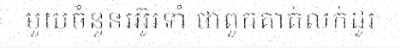
មួយចំនួនរអ៊ូរទាំ ថាពួកគាត់លក់ដូរ